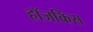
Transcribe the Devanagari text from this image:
हॉजकिंस